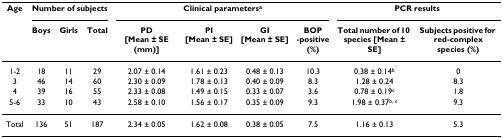
| Age | <COLSPAN=3> Number of subjects | <COLSPAN=4> Clinical parametersa | <COLSPAN=2> PCR results |
 |  | Boys | Girls | Total | PD[Mean ± SE (mm)] | PI[Mean ± SE] | GI[Mean ± SE] | BOP-positive(%) | Total number of 10 species [Mean ± SE] | Subjects positive for red-complex species (%) |
 | --- | --- | --- | --- | --- | --- | --- | --- | --- | --- |
 | 1-2 | 18 | 11 | 29 | 2.07 ± 0.14 | 1.61 ± 0.23 | 0.48 ± 0.13 | 10.3 | 0.38 ± 0.14b | 0 |
 | 3 | 46 | 14 | 60 | 2.30 ± 0.09 | 1.78 ± 0.13 | 0.40 ± 0.09 | 8.3 | 1.28 ± 0.24 | 8.3 |
 | 4 | 39 | 16 | 55 | 2.33 ± 0.08 | 1.49 ± 0.15 | 0.33 ± 0.07 | 3.6 | 0.78 ± 0.19c | 1.8 |
 | 5-6 | 33 | 10 | 43 | 2.58 ± 0.10 | 1.56 ± 0.17 | 0.35 ± 0.09 | 9.3 | 1.98 ± 0.37b, c | 9.3 |
 | Total | 136 | 51 | 187 | 2.34 ± 0.05 | 1.62 ± 0.08 | 0.38 ± 0.05 | 7.5 | 1.16 ± 0.13 | 5.3 |